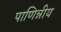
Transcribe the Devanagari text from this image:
पाणिन्नीय